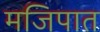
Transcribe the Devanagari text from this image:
मजिपात